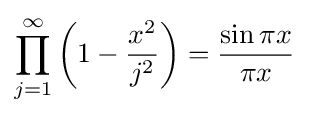
\prod _{j=1}^{\infty }\left(1-{\frac {x^{2}}{j^{2}}}\right)={\frac {\sin \pi x}{\pi x}}